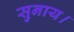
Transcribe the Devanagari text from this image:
सुनाय।